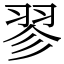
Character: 翏